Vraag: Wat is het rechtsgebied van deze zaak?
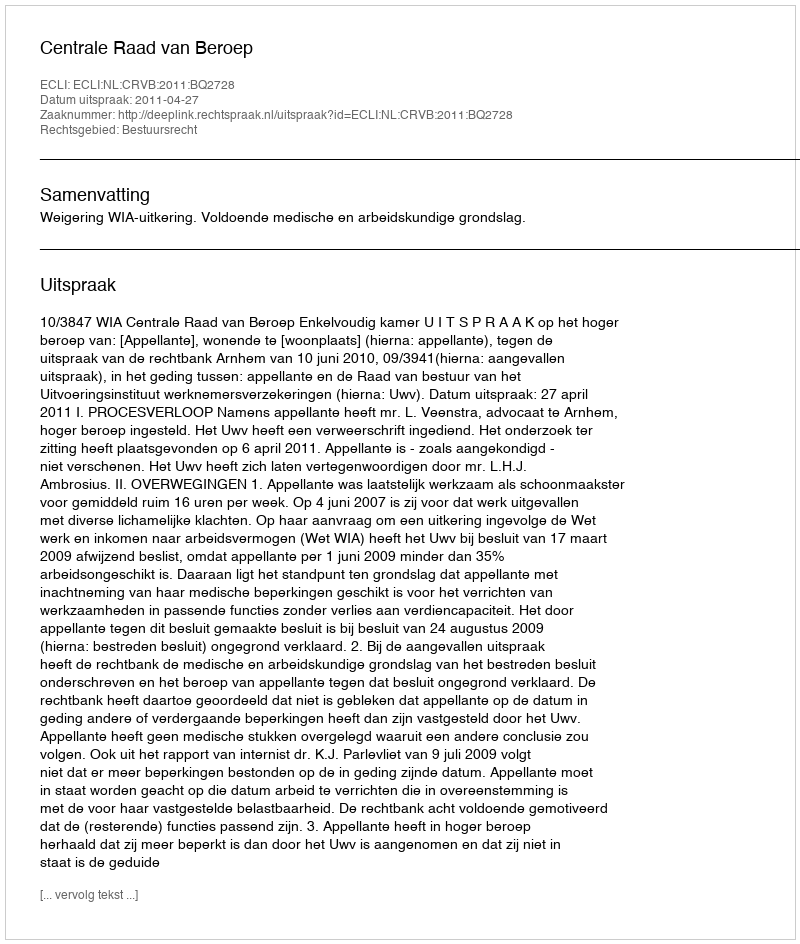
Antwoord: Bestuursrecht